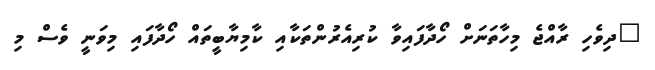
"ދިވެހި ރާއްޖެ މިހާތަނަށް ހޯދާފައިވާ ކުރިއެރުންތަކާއި ކާމިޔާބީތައް ހޯދާފައި މިވަނީ ވެސް މި